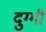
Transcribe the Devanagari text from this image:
दुग्गी